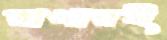
রাখারই